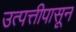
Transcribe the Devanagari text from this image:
उत्पत्तीपासून